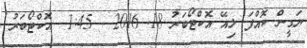
ޔަގީން ކޮއްފަ ލިއޭ އޮކްޓޯބަރު 18